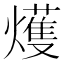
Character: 𤐰